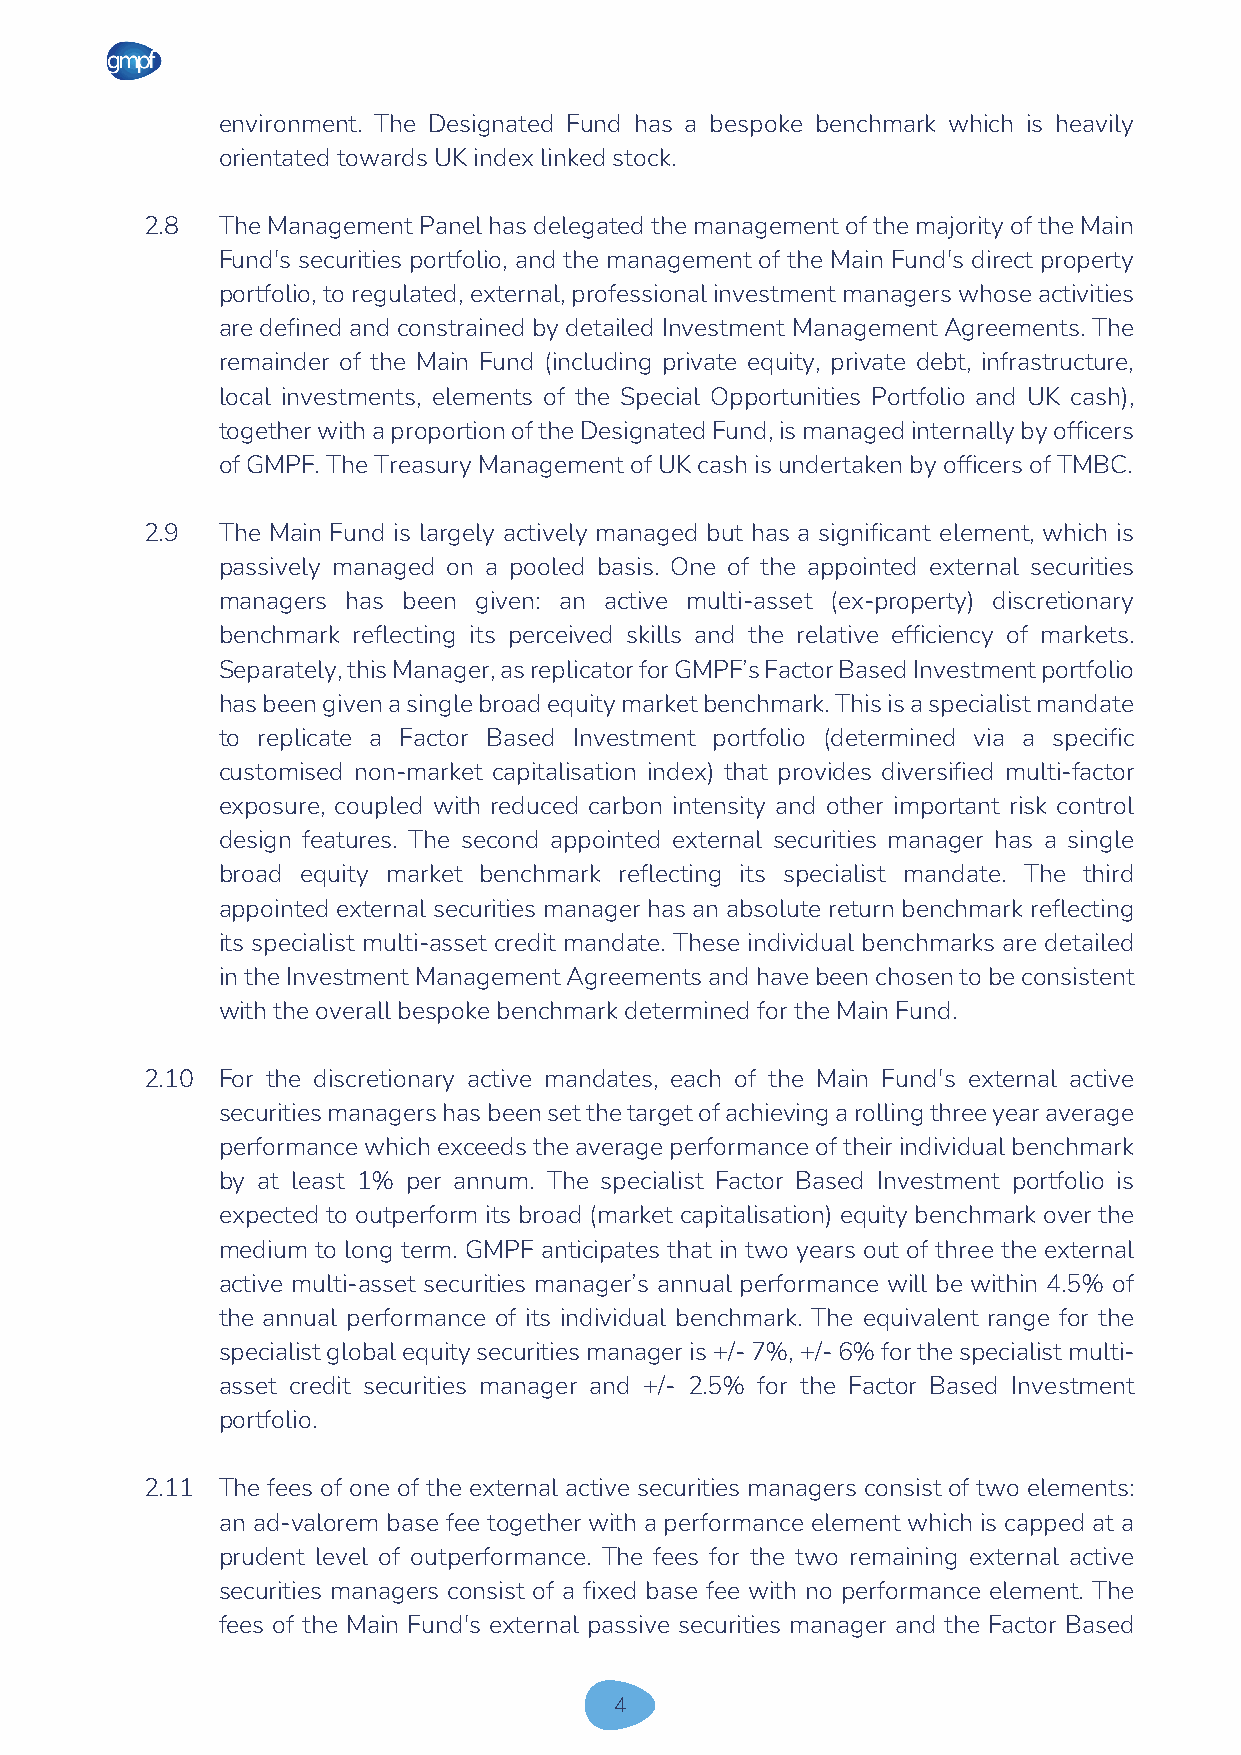
environment. The Designated Fund has a bespoke benchmark which is heavily
 orientated towards UK index linked stock.
 2.8 The Management Panel has delegated the management of the majority of the Main
 Fund's securities portfolio, and the management of the Main Fund's direct property
 portfolio, to regulated, external, professional investment managers whose activities
 are defined and constrained by detailed Investment Management Agreements. The
 remainder of the Main Fund (including private equity, private debt, infrastructure,
 local investments, elements of the Special Opportunities Portfolio and UK cash),
 together with a proportion of the Designated Fund, is managed internally by officers
 of GMPF. The Treasury Management of UK cash is undertaken by officers of TMBC.
 2.9 The Main Fund is largely actively managed but has a significant element, which is
 passively managed on a pooled basis. One of the appointed external securities
 managers has been given: an active multi-asset (ex-property) discretionary
 benchmark reflecting its perceived skills and the relative efficiency of markets.
 Separately, this Manager, as replicator for GMPF’s Factor Based Investment portfolio
 has been given a single broad equity market benchmark. This is a specialist mandate
 to replicate a Factor Based Investment portfolio (determined via a specific
 customised non-market capitalisation index) that provides diversified multi-factor
 exposure, coupled with reduced carbon intensity and other important risk control
 design features. The second appointed external securities manager has a single
 broad equity market benchmark reflecting its specialist mandate. The third
 appointed external securities manager has an absolute return benchmark reflecting
 its specialist multi-asset credit mandate. These individual benchmarks are detailed
 in the Investment Management Agreements and have been chosen to be consistent
 with the overall bespoke benchmark determined for the Main Fund.
 2.10 For the discretionary active mandates, each of the Main Fund's external active
 securities managers has been set the target of achieving a rolling three year average
 performance which exceeds the average performance of their individual benchmark
 by at least 1% per annum. The specialist Factor Based Investment portfolio is
 expected to outperform its broad (market capitalisation) equity benchmark over the
 medium to long term. GMPF anticipates that in two years out of three the external
 active multi-asset securities manager’s annual performance will be within 4.5% of
 the annual performance of its individual benchmark. The equivalent range for the
 specialist global equity securities manager is +/- 7%, +/- 6% for the specialist multi-
 asset credit securities manager and +/- 2.5% for the Factor Based Investment
 portfolio.
 2.11 The fees of one of the external active securities managers consist of two elements:
 an ad-valorem base fee together with a performance element which is capped at a
 prudent level of outperformance. The fees for the two remaining external active
 securities managers consist of a fixed base fee with no performance element. The
 fees of the Main Fund's external passive securities manager and the Factor Based
 4